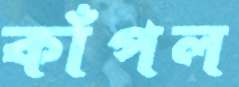
কাঁপল